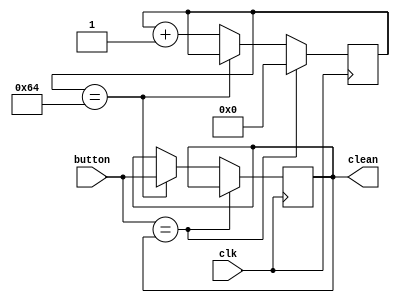
`timescale 1ns / 1ps
//////////////////////////////////////////////////////////////////////////////////
// Company: 
// Engineer: 
// 
// Design Name: 
// Module Name: debouncer
// Project Name: 
// Target Devices: 
// Tool Versions: 
// Description: 
// 
// Dependencies: 
// 
// Revision:
// Revision 0.01 - File Created
// Additional Comments:
// 
//////////////////////////////////////////////////////////////////////////////////


module debouncer(
    input clk, button,
    output reg clean = 1'b0
);

    reg [16:0] counter;
    parameter max = 100;
     
    
    always@(posedge clk)
    begin
        if (button == clean)begin
            counter = 0;
        end
        else if (counter == max)begin
            clean = button;
        end
        else begin
            counter = counter + 1;
        end
    end

endmodule